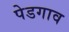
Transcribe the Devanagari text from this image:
पेडगाव